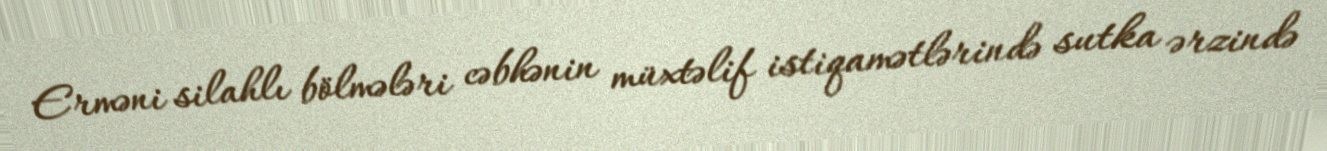
Erməni silahlı bölmələri cəbhənin müxtəlif istiqamətlərində sutka ərzində